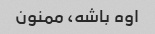
اوه باشه، ممنون